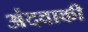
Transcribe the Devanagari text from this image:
अंदवाकी